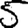
Digit: 5